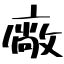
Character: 廠